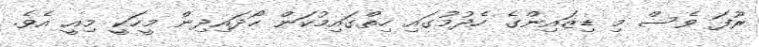
ރޫފަ ވެސް މި ޑިޒައިންގެ ހެދުމުގައި ހިތްގައިމުކަން ހޯދައިދިން މީހަކީ މިއީ އެވެ.